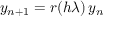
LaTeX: y _ { n + 1 } = r ( h \lambda ) \, y _ { n }